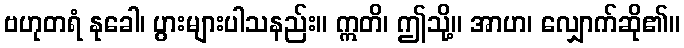
ဗဟုတရံ နုခေါ၊ ပွားများပါသနည်း။ ဣတိ၊ ဤသို့။ အာဟ၊ လျှောက်ဆို၏။